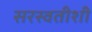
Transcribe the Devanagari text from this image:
सरस्वतीशी